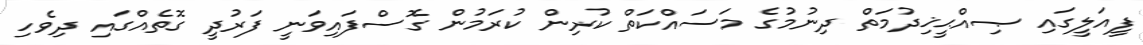
ފީއަލީގައި ޞިއްޙީޚިދުމަތް ދިނުމުގެ މަސައްކަތް ކުރިން ކުރަމުން ގޮސްފައިވަނީ ފަރުދީ ގޮތެއްގައި ދިވެހި